Leprosy in India: report of the Leprosy Commission in India, 1890-91
Year: 1890
Disease focus: Leprosy
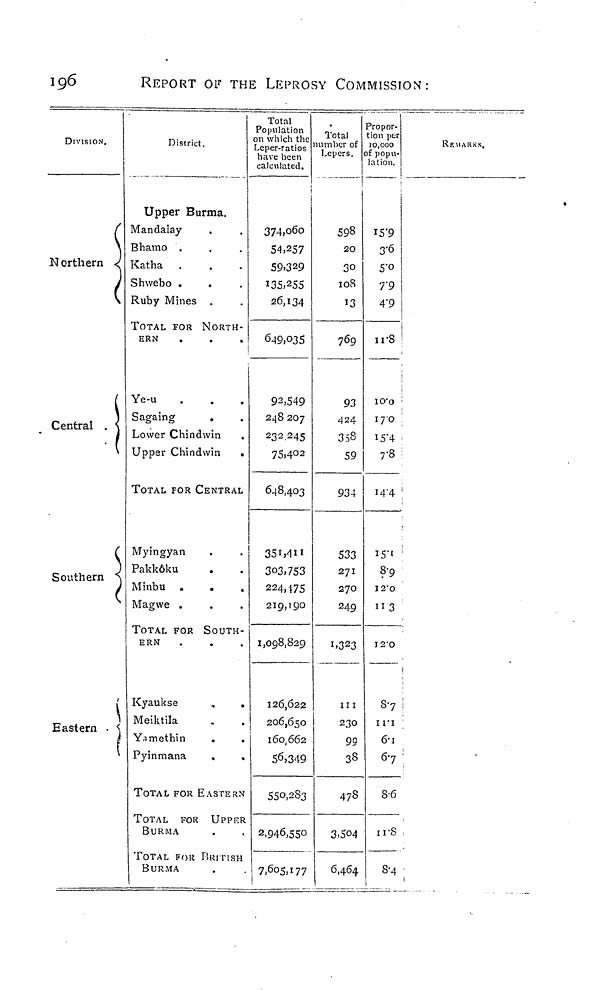
ig6
REPORT OF THE LEPROSY COMMISSION:
DIVISION.
N orthern
Central .
(
Southern <
(
Eastern • <
i
District.
Upper Burma.
Mandalay
Bhamo .
£atha
Shwebo .
.
Ruby Mines .
TOTAL TOR NORTH-
ERN
.
.
.
I
Ye-u
.
.
.
Sagaing
Lower Chindwin
Upper Chindwin
.
TOTAL FOR CENTRAL
Myingyan
Pakk6ku
Minbu .
Magwe .
TOTAL FOR SOUTH-
ERN
Kyaukse
„
.
Meiktila
Yamethin
.
Pyinmana
.
.
TOTAL FOR EASTERN
TOTAL FOR UPPER
BURMA
TOTAL FOR BRITISH
BURMA
Total
Population
on which the
Leper-ratios '
have been
calculated.
I
I
374io6o
54,257
59.329
135.255
26,134
<549,O35
92,549
248207
232 245
75.402
648,403
303,753
224,175
219,190
1,098,829
126,622
206,650
160,662
56,349
5SO.2S3
2,946,550
7,605,177
•
Total
umber of
Lepers, c
1
598
2O
30
108
13
769
93
424
358
59
934
533
271
270
249
1.323
m
230
99
38
478
3.504
6,464
'ropor-
tion ptr
10,000
f popu-
lation.
15*9
3 -6
5'o
T9
4'9
11-8
IO'O
170
i5'4
7 -8
144
IS'"
8-9
I2 - 0
ii3
I2'O
87
in
6-i
6 7
8-6
II-S
S-4
REMARKS,
j
1